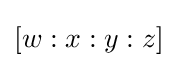
[w:x:y:z]